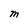
Character: M